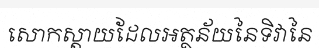
សោកស្តាយដែលអត្ថន័យនៃទិវានៃ